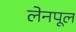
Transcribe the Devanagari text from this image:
लेनपूल